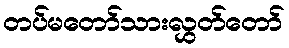
တပ်မတော်သားလွှတ်တော်